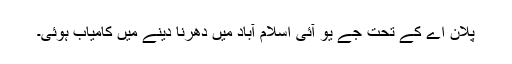
پلان اے کے تحت جے یو آئی اسلام آباد میں دھرنا دینے میں کامیاب ہوئی۔